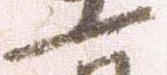
一